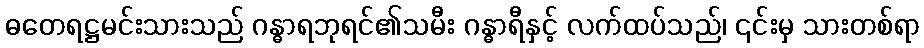
ဓတေရဋ္ဌမင်းသားသည် ဂန္ဓာရဘုရင်၏သမီး ဂန္ဓာရီနှင့် လက်ထပ်သည်၊ ၎င်းမှ သားတစ်ရာ